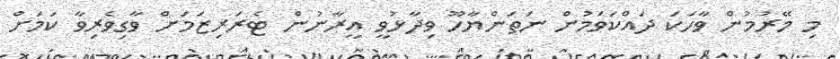
މި މޭރުމުން ވާހަކަ ދައްކަވަމުން ނަތަންޔާހޫ ވިދާޅުވީ އީރާނުން ޓެރަރިޒަމަށް ވާގިވެރިވާ ކަމަށް